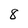
Character: 8